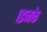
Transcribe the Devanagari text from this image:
।इनके